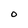
Character: O